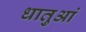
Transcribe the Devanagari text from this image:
धातुआं